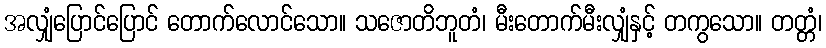
အလျှံပြောင်ပြောင် တောက်လောင်သော။ သဇောတိဘူတံ၊ မီးတောက်မီးလျှံနှင့် တကွသော။ တတ္တံ၊